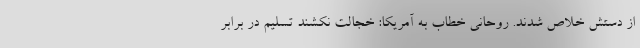
از دستش خلاص شدند. روحانی خطاب به آمریکا: خجالت نکشند تسلیم در برابر